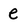
Character: e